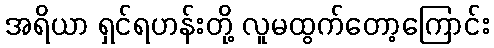
အရိယာ ရှင်ရဟန်းတို့ လူမထွက်တော့ကြောင်း